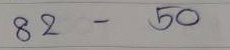
82 - 50